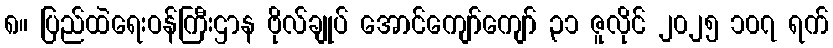
၈။ ပြည်ထဲရေးဝန်ကြီးဌာန ဗိုလ်ချုပ် အောင်ကျော်ကျော် ၃၁ ဇူလိုင် ၂၀၂၅ ၁၀၇ ရက်